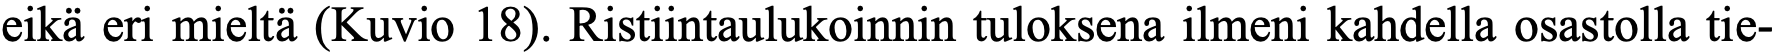
eikä eri mieltä (Kuvio 18). Ristiintaulukoinnin tuloksena ilmeni kahdella osastolla tie-